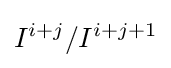
I^{i+j}/I^{i+j+1}